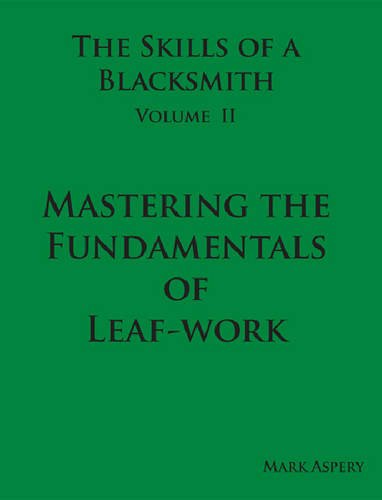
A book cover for The Skills of a Blacksmith: v.2: Mastering the Fundamentals of Leaf-work; Mark Aspery; Crafts, Hobbies & Home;